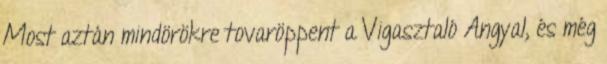
Most aztán mindörökre tovaröppent a Vigasztaló Angyal, és még